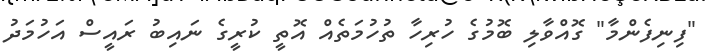
"ފިނިފެންމާ" ގޮއްވާލި ބޮމުގެ ހުރިހާ ތުހުމަތެއް އޮތީ ކުރީގެ ނައިބު ރައީސް އަހުމަދު